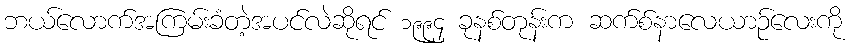
ဘယ်လောက်အကြမ်းခံတဲ့အပင်လဲဆိုရင် ၁၉၉၄ ခုနစ်တုန်းက ဆက်စ်နာလေယာဉ်လေးကို